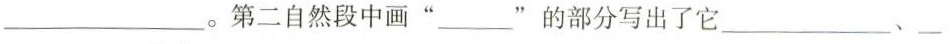
第二自然段中画”___”的部分写出了它___